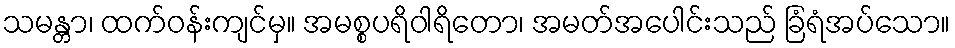
သမန္တာ၊ ထက်ဝန်းကျင်မှ။ အမစ္စပရိဝါရိတော၊ အမတ်အပေါင်းသည် ခြံရံအပ်သော။